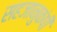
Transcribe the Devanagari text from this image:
सहजानुकंपी